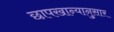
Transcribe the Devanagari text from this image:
छापखान्यानुसार